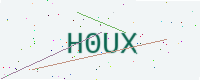
Text: H0UX